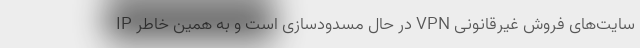
سایت‌های فروش غیرقانونی VPN در حال مسدودسازی است و به همین خاطر IP